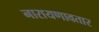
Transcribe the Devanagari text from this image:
नारायणावतार